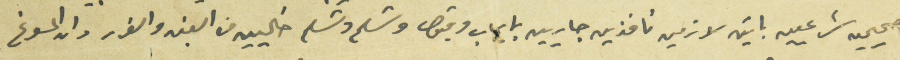
صحيحين شرعيين باتين لازمين نافذين جاريين بإيجاب وقبول وتسلىم وتسلم خاليين من الغبن والغرر وان المسوغ